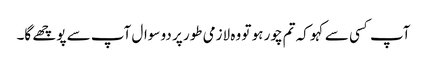
آپ کسی سے کہو کہ تم چور ہو تو وہ لازمی طور پر دو سوال آپ سے پوچھے گا۔